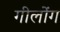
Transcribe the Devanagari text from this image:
गीलोंग